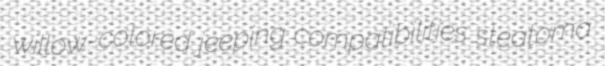
willow-colored jeeping compatibilities steatoma